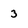
Character: 3